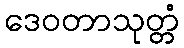
ဒေဝတာသုတ္တံ